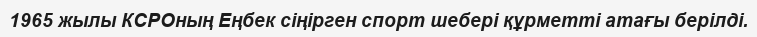
1965 жылы КСРОның Еңбек сіңірген спорт шебері құрметті атағы берілді.